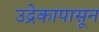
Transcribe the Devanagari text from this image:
उद्रेकापासून